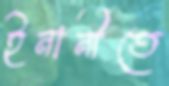
ইনানীতে